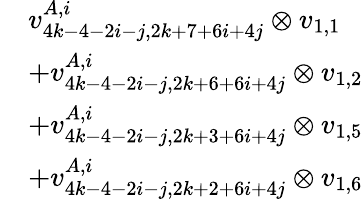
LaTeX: \begin{array}{rl}&{v_{4k-4-2i-j,2k+7+6i+4j}^{A,i}\otimes v_{1,1}}\\ &{+v_{4k-4-2i-j,2k+6+6i+4j}^{A,i}\otimes v_{1,2}}\\ &{+v_{4k-4-2i-j,2k+3+6i+4j}^{A,i}\otimes v_{1,5}}\\ &{+v_{4k-4-2i-j,2k+2+6i+4j}^{A,i}\otimes v_{1,6}}\end{array}